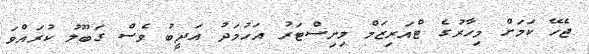
ޖެހޭ ކަމަށް މިހާރުގެ ޓްއަރިޒަމް މިނިސްޓަރު އަހުމަދު އަދީބު ވެސް ގަބޫލު ކުރައްވަ